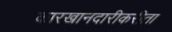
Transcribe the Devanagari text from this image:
कारखानदारीकरीता